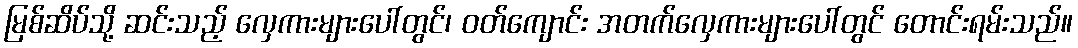
မြစ်ဆိပ်သို့ ဆင်းသည့် လှေကားများပေါ်တွင်၊ ဝတ်ကျောင်း အတက်လှေကားများပေါ်တွင် တောင်းရမ်းသည်။